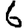
Digit: 6